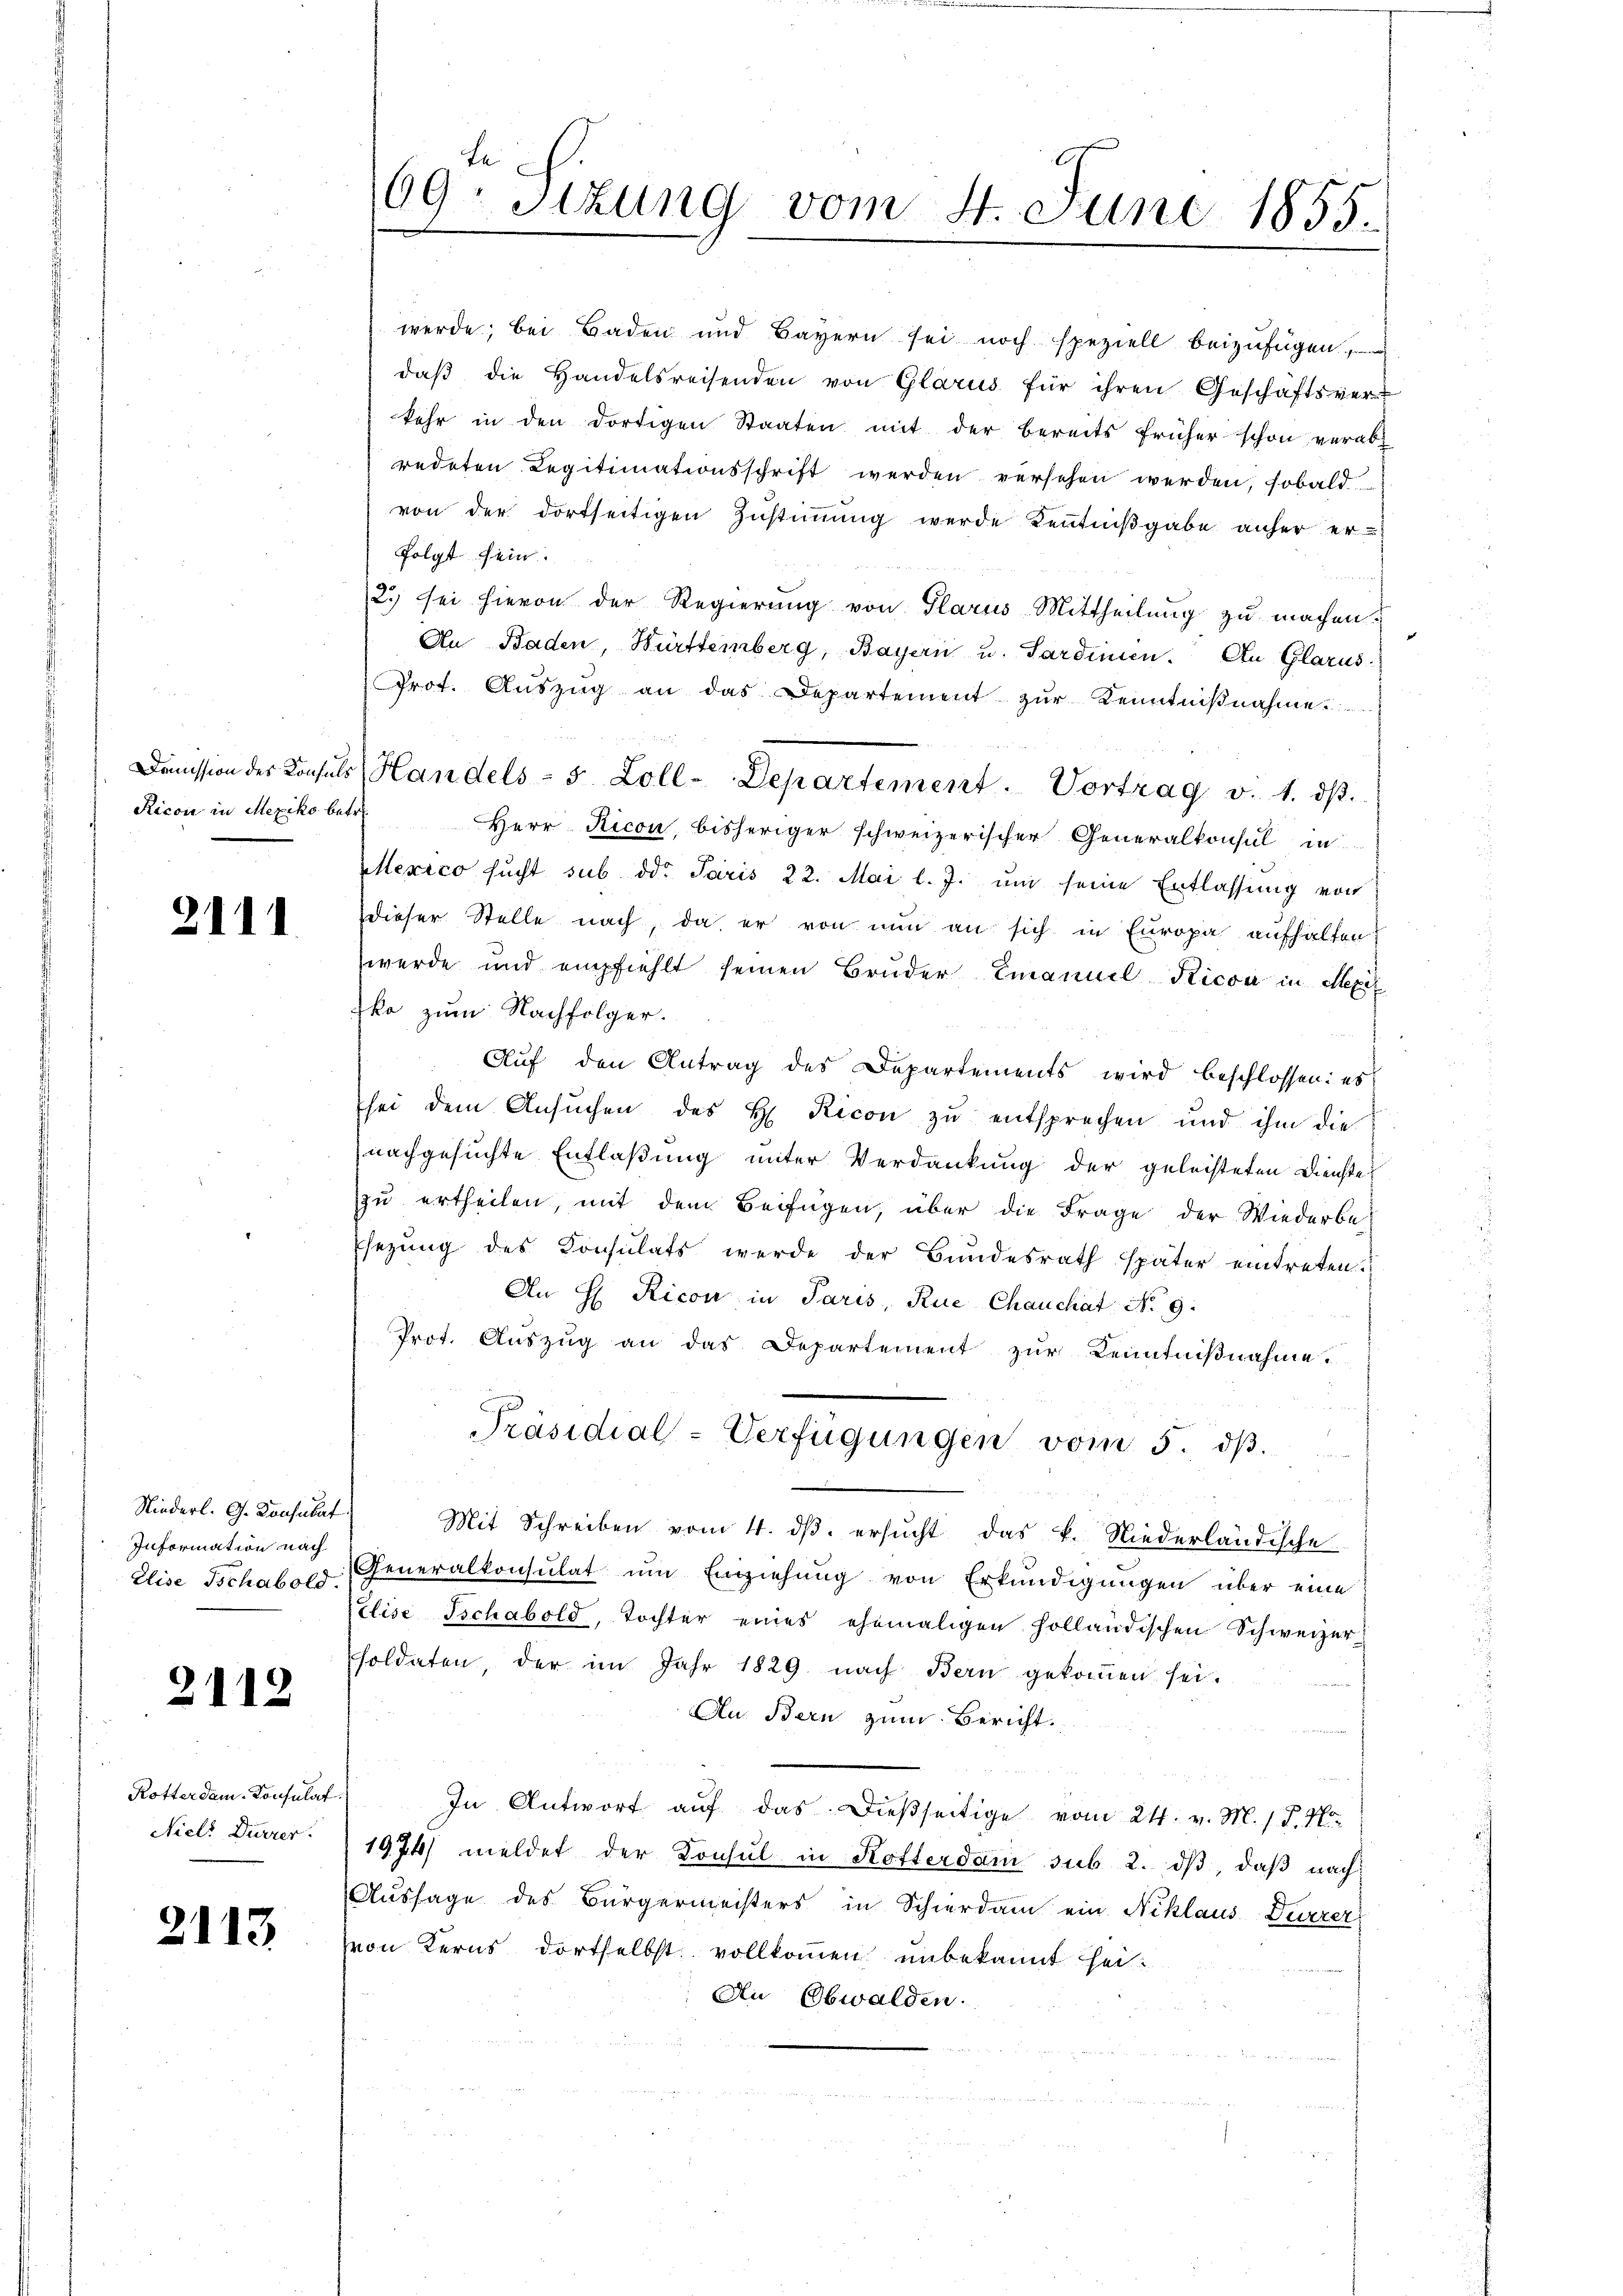
2111

Niederl. G. Konsulat
Information nach

2112

Rotter dem Consulat
Nicl. Durrer.

2113

werde; bei Baden und Bayern sei noch speziell beizufügen.
daβ die Handelsreisenden von Glarus für ihren Geschäftsverkehr in den dortigen Staaten mit der bereits früher schon verab-
redeten Legitimationsschrift werden versehen werden, sobald
von der dortseitigen Zustimmung werde Kenntnißgabe anher er-
folgt sein.
2.) sei hievon der Regierung von Glarus Mittheilung zu machen.
An Baden, Württemberg, Bayern u. Sardinien. An Glarus.
 Prot. Aŭszŭg an das Departement zŭr Kenntniβnahme
Ricon in Mexiko betr. Herr Ricon, bisheriger schweizerischer Generalkonsul in
Mexico sucht sub dd. Paris 22. Mai l. J. um seine Entlassung von
dieser Stelle nach, da er von nun an sich in Europa aufhalten:
werde und empfiehlt seinen Bruder Emanuel Ricon in Mexi
Iko zum Nachfolger.
Auf den Antrag des Departements wird beschlossen: es
sei dem Ansŭchen des H. Ricon zŭ entsprechen und ihm die
nachgesuchte Entlaßung unter Verdankung der geleisteten Dienste
zu ertheilen, mit dem Beifügen, über die Frage der Wiederbe
Esezung des Konsulats werde der Bundesrath später eintreten.
An H. Ricon in Paris, Rue Chauchat No. 9.
Prot. Aŭszŭg an das Departement zŭr Kenntniβnahme.
Präsidial-Verfügungen vom 5. dβ.
Mit Schreiben vom 4. dβ. ersucht das k. Niederländische
Elise Tschabord. Generalkonsulat um Einziehung von Erkundigungen über eine
Elise Tschabold, Tochter eines ehemaligen holländischen Schweizer-
soldaten, der im Jahr 1829 nach Bern gekommen sei.
An Bern zum Bericht.
In Antwort aŭf das dießseitige vom 24. v. M. P. Nr.
1974/ meldet der Konsul in Rotterdam sub 2. dβ, daβ nach
Aussage des Bürgermeisters in Schierdam ein Niklaus-Deuerer
von Kerns dortselbst vollkommen unbekannt sei.
An Obwalden.

Le
69. Sizung vom 4. Juni 1855.

Doṁission des Konsuls Handels- 5 Zoll-Departement. Vortrag v. 1. dβ.